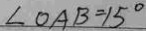
\angle O A B = 1 5 ^ { \circ }